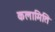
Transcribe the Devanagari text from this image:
कलामिति